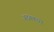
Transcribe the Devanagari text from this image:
अदबकारों